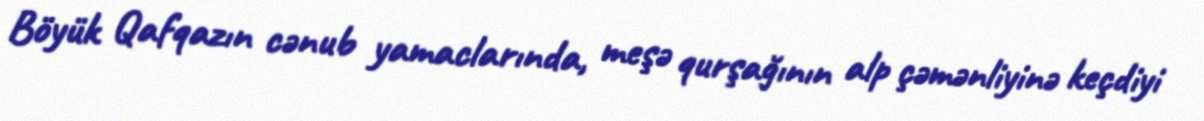
Böyük Qafqazın cənub yamaclarında, meşə qurşağının alp çəmənliyinə keçdiyi